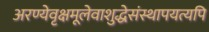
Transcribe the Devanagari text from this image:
अरण्येवृक्षमूलेवाशुद्धेसंस्थापयत्यपि